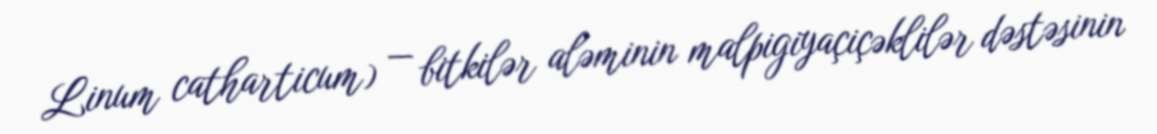
Linum catharticum) — bitkilər aləminin malpigiyaçiçəklilər dəstəsinin